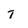
Character: t